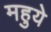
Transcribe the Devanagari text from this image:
महुये